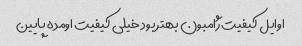
اوایل کیفیت ژامبون بهتر بود خیلی کیفیت اومده پایین